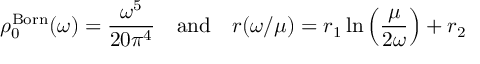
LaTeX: \rho _ { 0 } ^ { \mathrm { B o r n } } ( \omega ) = \frac { \omega ^ { 5 } } { 2 0 \pi ^ { 4 } } \quad \mathrm { a n d } \quad r ( \omega / \mu ) = r _ { 1 } \ln \left( \frac \mu { 2 \omega } \right) + r _ { 2 }